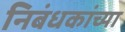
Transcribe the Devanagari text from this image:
निबंधकांच्या